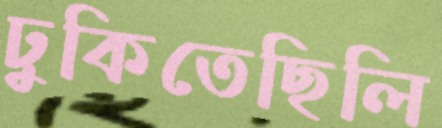
ঢুকিতেছিলি